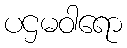
ပဌမဝါရော